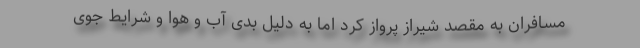
مسافران به مقصد شیراز پرواز کرد اما به دلیل بدی آب و هوا و شرایط جوی